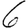
Digit: 6